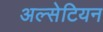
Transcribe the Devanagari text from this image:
अल्सेटियन